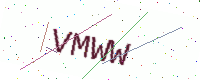
Text: VMWW